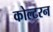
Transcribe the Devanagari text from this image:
कोल्टरन